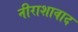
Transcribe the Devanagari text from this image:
नीराशावाद